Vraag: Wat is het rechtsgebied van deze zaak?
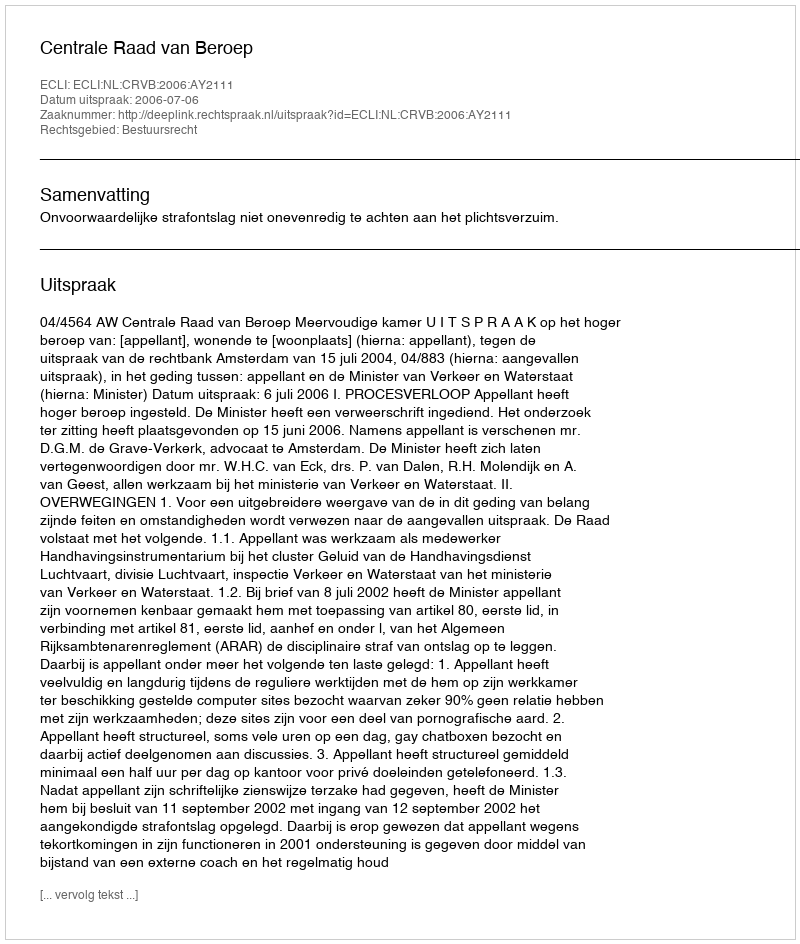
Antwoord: Bestuursrecht